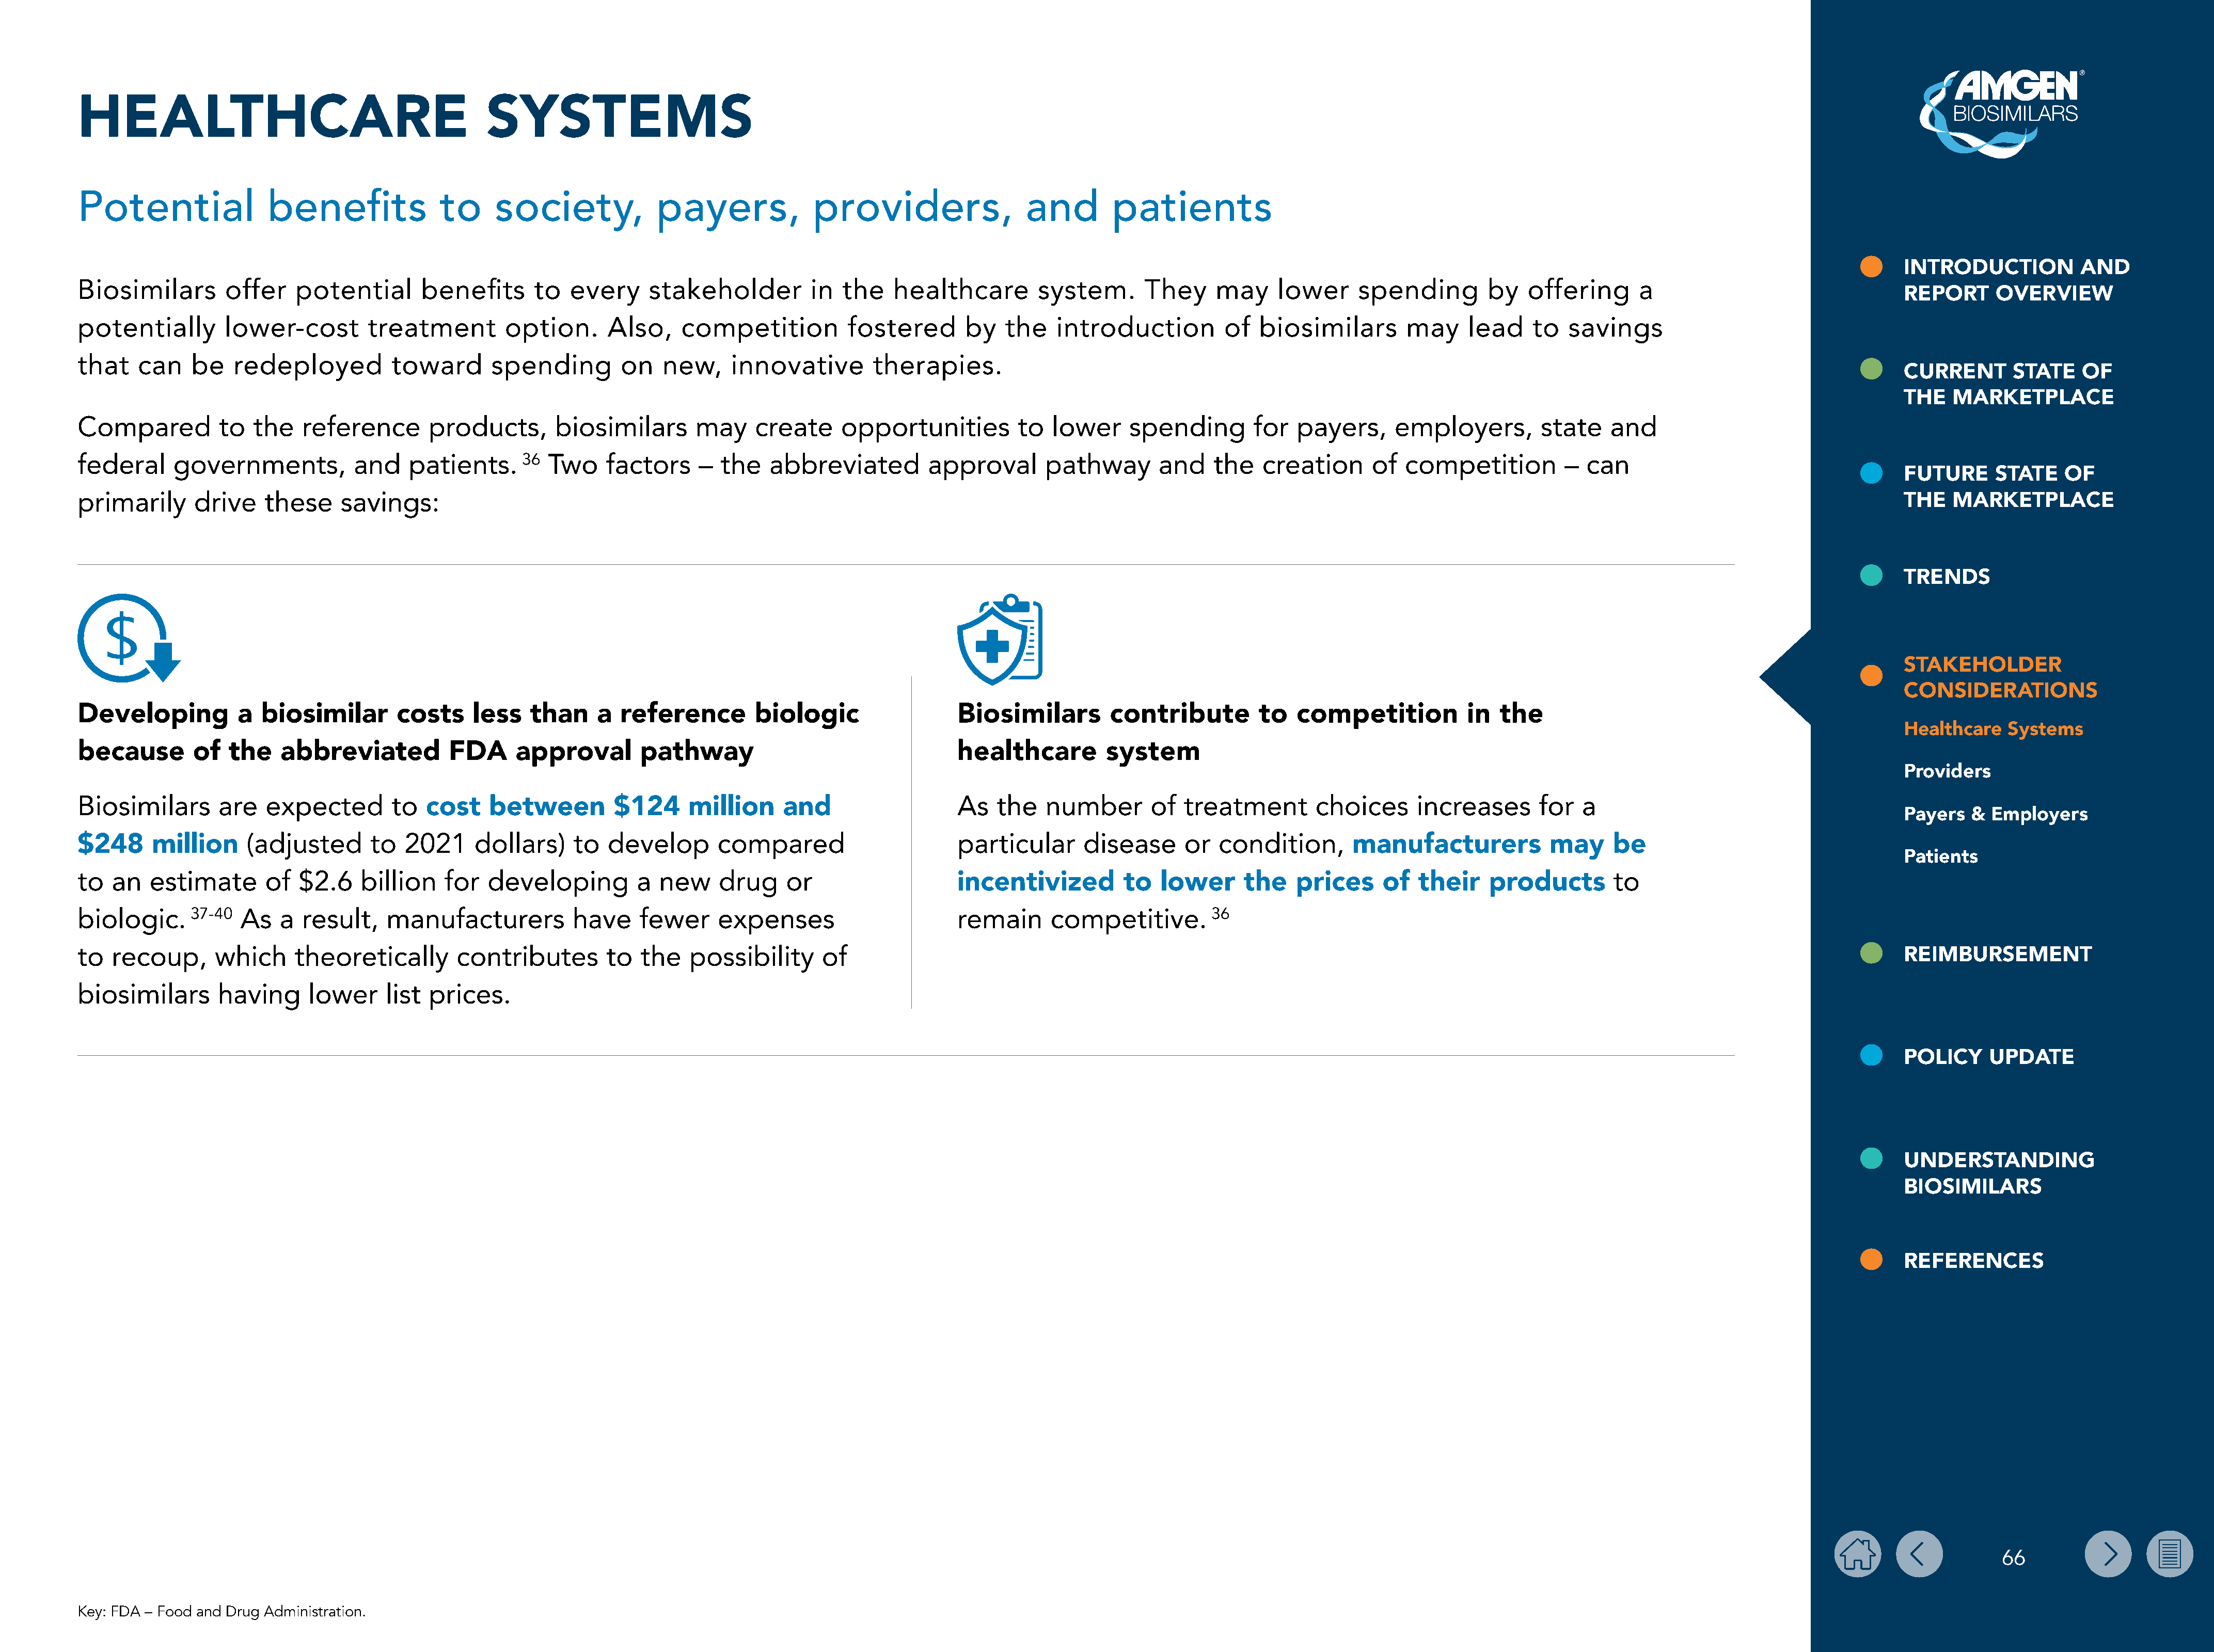
HEALTHCARE                                          SYSTEMS
 Potential               benefits              to     society,             payers,             providers,                 and         patients
 INTRODUCTION           AND
 Biosimilars        offer    potential       benefits      to  every     stakeholder          in  the   healthcare         system.      They     may     lower     spending         by   offering      a
 REPORT      OVERVIEW
 potentially        lower-cost        treatment         option.      Also,    competition           fostered       by   the   introduction          of  biosimilars        may     lead    to   savings
 that    can    be   redeployed          toward       spending         on   new,     innovative        therapies.
 CURRENT       STATE    OF
 THE   MARKETPLACE
 Compared          to  the    reference       products,       biosimilars       may     create     opportunities         to   lower     spending        for  payers,      employers,         state   and
 federal     governments,           and    patients.      36 Two     factors     – the    abbreviated         approval       pathway        and    the   creation      of  competition          – can
 FUTURE      STATE    OF
 primarily      drive    these     savings:                                                                                                                                                                                                THE   MARKETPLACE
 TRENDS
 STAKEHOLDER
 CONSIDERATIONS
 Developing          a  biosimilar        costs     less   than     a  reference        biologic                  Biosimilars        contribute         to   competition           in  the
 Healthcare   Systems
 because        of  the    abbreviated           FDA     approval        pathway                                  healthcare         system
 Providers
 Biosimilars       are   expected        to   cost    between         $124     million     and                    As   the   number        of  treatment        choices      increases      for   a
 Payers   & Employers
 $248     million      (adjusted      to   2021     dollars)     to  develop       compared                       particular      disease      or  condition,       manufacturers             may     be
 Patients
 to  an   estimate       of  $2.6    billion    for   developing         a new     drug     or                    incentivized         to   lower     the    prices     of   their    products        to
 biologic.     37-40  As   a  result,    manufacturers          have     fewer     expenses                       remain      competitive.        36
 to  recoup,       which     theoretically        contributes        to  the   possibility      of                                                                                                                                         REIMBURSEMENT
 biosimilars       having      lower    list  prices.
 POLICY     UPDATE
 UNDERSTANDING
 BIOSIMILARS
 REFERENCES
 66
 Key: FDA – Food and Drug Administration.